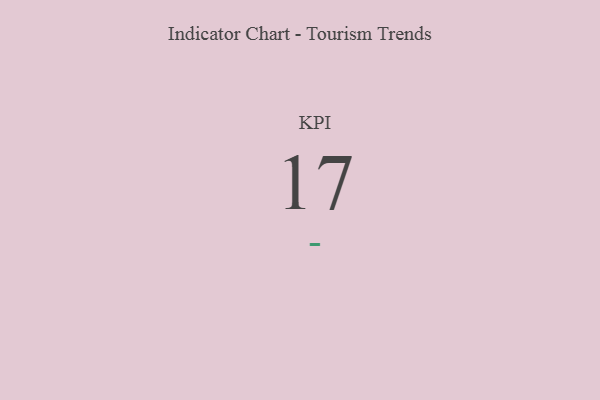
{"axis": {"x": "KPI", "y": "Value"}, "legend": [""], "data": [{"x": "KPI", "y": 17, "type": ""}]}